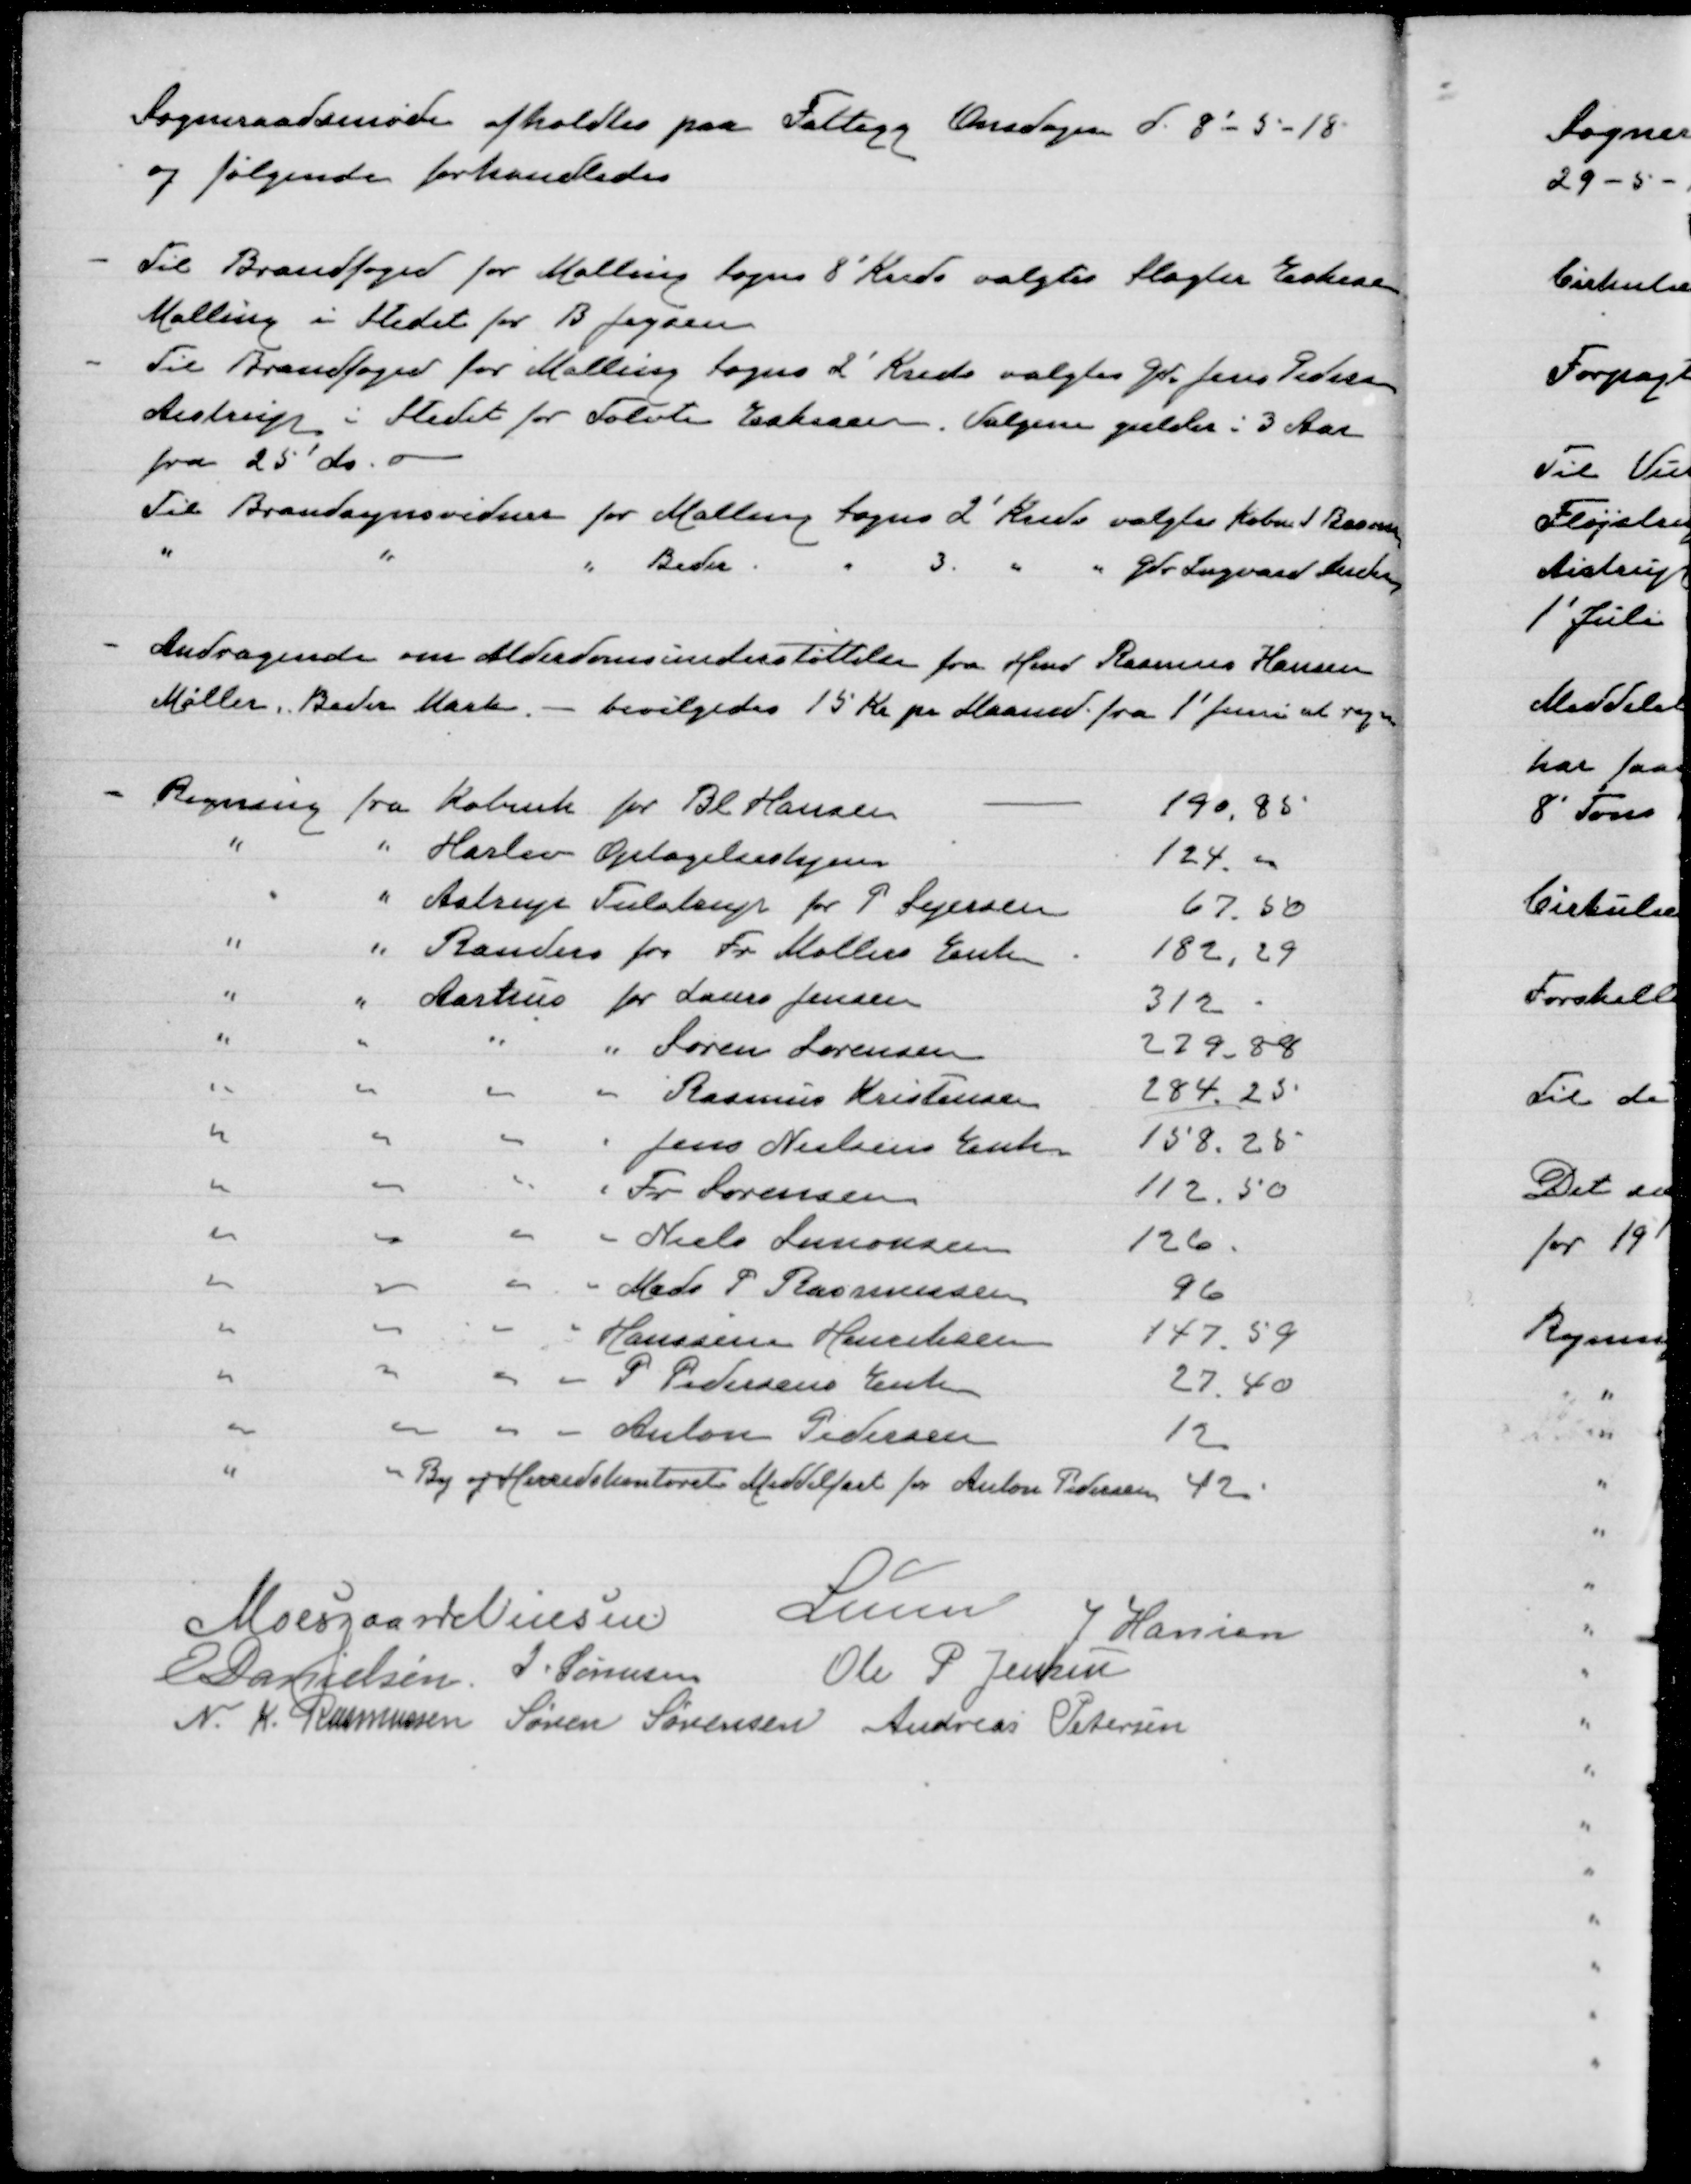
Transskription:
Sogneraadsmøde afholdtes paa Fattigg Onsdagen d. 8'-5-18
og følgende forhandledes

Til Brandfoged for Malling Sogns 8' Kreds valgtes Slagter Eskesen
Malling - i Stedet for B Jepsen
Til Brandfoged for Malling sogns 2' Kreds valgtes Gdr Jens Peders
Aistrup i Stedet for Tolvte Eskesen. Valgene gælder i 3 Aar
fra 25' ds
Til Brandsynsvidne for Malling sogns 2' Kreds valgtes købm J Rasmu
"
"
" Beder " 3 " " Gdr Ingvard

Andragende om Alderdomsunderstøttelse fra Hmd Rasmus Hansen
Møller, Beder Mark - bevilgedes 15 Kr per Maaned fra 1' juni at regne

Regning fra Københ for Bl Hansen
190,85
" " Harlev Optagelseshjem
124 "
" " Astrup Tulstrup for P. Sejersen
67,50
"
" Randers for Fr Møllers enke 182,29
" " Aarhus for Laurs Jensen
312
" " " " Søren Sørensen 279.88
" " " " Rasmus Kristensen 284.23
" " " " Jens Nielsens Enke 158.25
" " " " Fr Sørensen
112.50
" " " " Niels Simonsen 126
" " " " Mads P Rasmussen 96
" " " " Hanssine Henriksen 147,59
" " " " P Pedersens Enke
27.40
" " " " Anton Pedersen
12
" " By og Herredskontoret Middelfart for Anton Pedersen 42

Moesgaard Nielsen
Lunn
J Hansen
E Danielsen J Sørensen
Ole P Jensen
N. K. Rasmussen Søren Sørensen Andreas Petersen